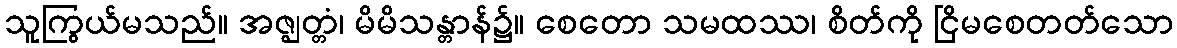
သူကြွယ်မသည်။ အဇ္ဈတ္တံ၊ မိမိသန္တာန်၌။ စေတော သမထဿ၊ စိတ်ကို ငြိမစေတတ်သော